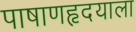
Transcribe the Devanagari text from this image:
पाषाणहृदयाला